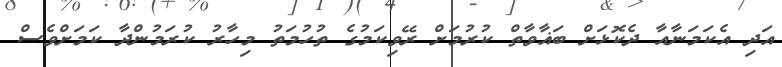
އަދި އެކަމަނާއާ ދެކޮޅަށް ބަޣާވާތް ކުރުމަށް ރޭވިކަމުގެ ތުހުމަތު މިހާރު ކުރަމުންދާ ކަމަށްވެސް